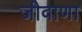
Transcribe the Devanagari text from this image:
जीवाणा